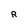
Character: R